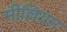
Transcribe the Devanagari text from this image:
मील्लियन